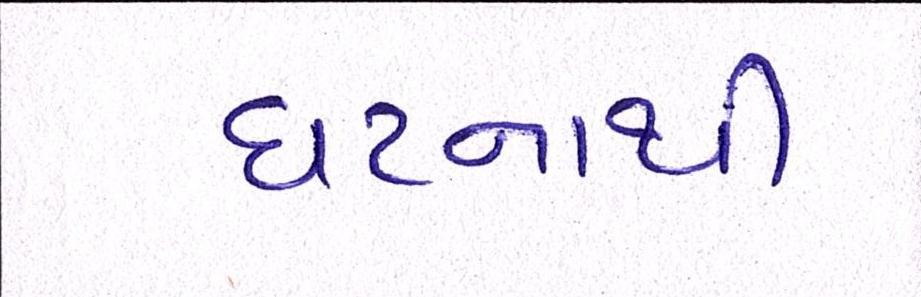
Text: ઘટનાથી